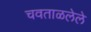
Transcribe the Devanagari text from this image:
चवताळलेले